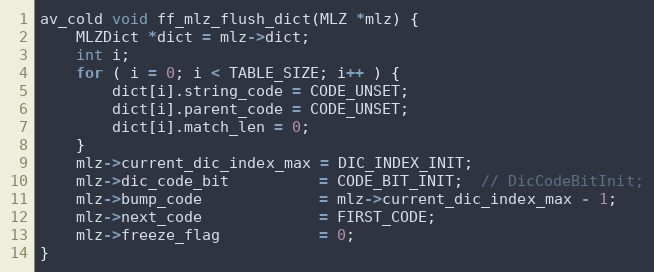
Language: C
av_cold void ff_mlz_flush_dict(MLZ *mlz) {
    MLZDict *dict = mlz->dict;
    int i;
    for ( i = 0; i < TABLE_SIZE; i++ ) {
        dict[i].string_code = CODE_UNSET;
        dict[i].parent_code = CODE_UNSET;
        dict[i].match_len = 0;
    }
    mlz->current_dic_index_max = DIC_INDEX_INIT;
    mlz->dic_code_bit          = CODE_BIT_INIT;  // DicCodeBitInit;
    mlz->bump_code             = mlz->current_dic_index_max - 1;
    mlz->next_code             = FIRST_CODE;
    mlz->freeze_flag           = 0;
}